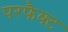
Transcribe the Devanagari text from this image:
परफैक्ट